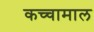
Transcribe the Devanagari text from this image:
कच्‍चामाल